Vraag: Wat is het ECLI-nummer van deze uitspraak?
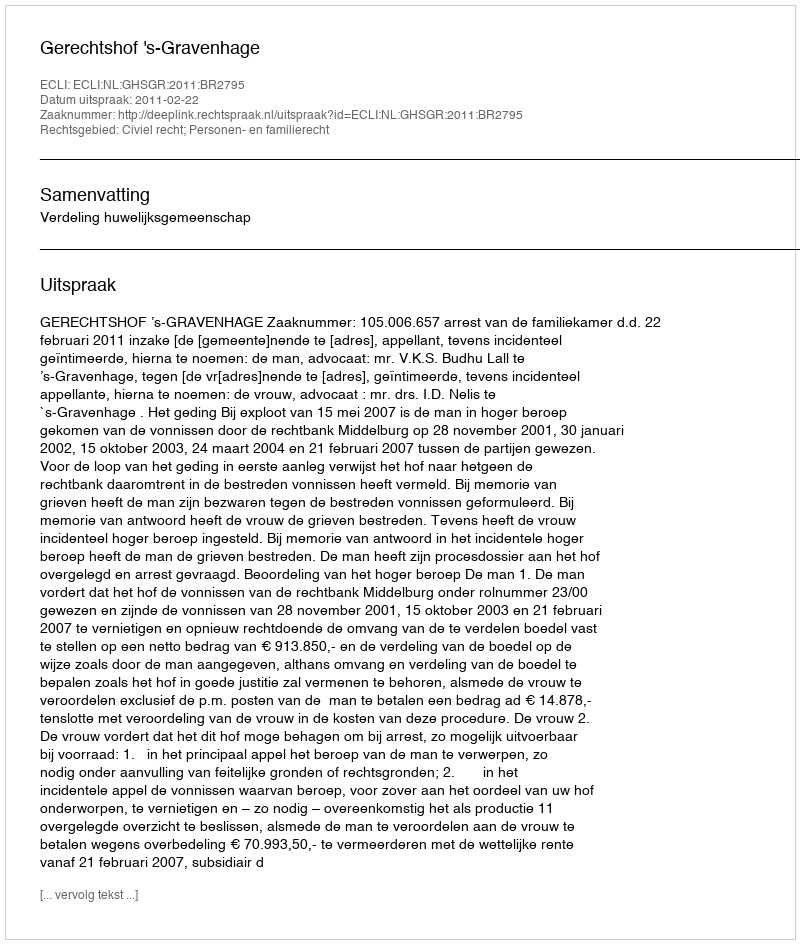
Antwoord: ECLI:NL:GHSGR:2011:BR2795